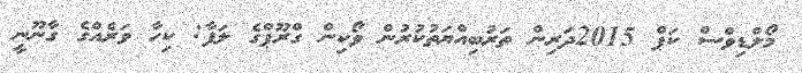
މޯލްޑިވްސް ކަޕް 2015ދަރިން ތަރުބިއްޔަތުކުރުން ވޯކިން ގްރޫޕްގެ ލަފާ: ކިހާ ވަރެއްގެ ގާނޫނީ